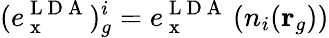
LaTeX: (e_{\mathrm{~x~}}^{\mathrm{~L~D~A~}})_{g}^{i}=e_{\mathrm{~x~}}^{\mathrm{~L~D~A~}}\left(n_{i}(\mathbf{r}_{g})\right)